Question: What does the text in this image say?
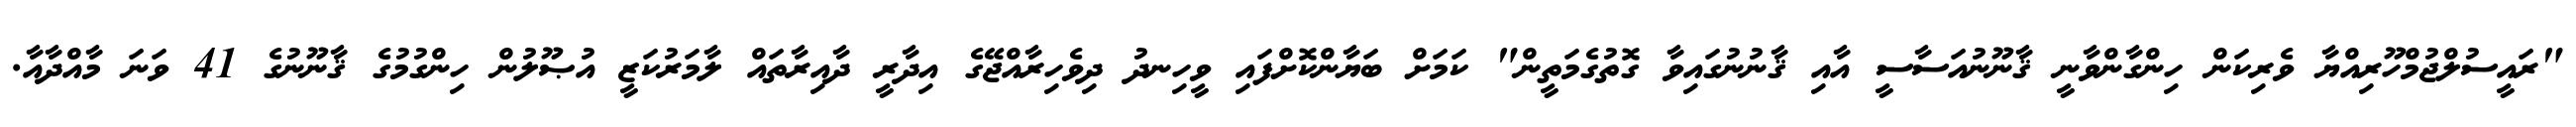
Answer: "ރައީސުލްޖުމްހޫރިއްޔާ ވެރިކަން ހިންގާންވާނީ ޤާނޫނުއަސާސީ އާއި ޤާނުނުގައިވާ ގޮތުގެމަތީން" ކަމަށް ބަޔާންކޮށްފައި ވީހިނދު ދިވެހިރާއްޖޭގެ އިދާރީ ދާއިރާތައް ލާމަރުކަޒީ އުޞޫލުން ހިންގުމުގެ ޤާނޫނުގެ 41 ވަނަ މާއްދާއާ.